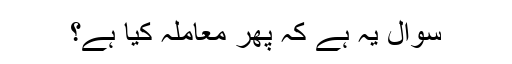
سوال یہ ہے کہ پھر معاملہ کیا ہے؟